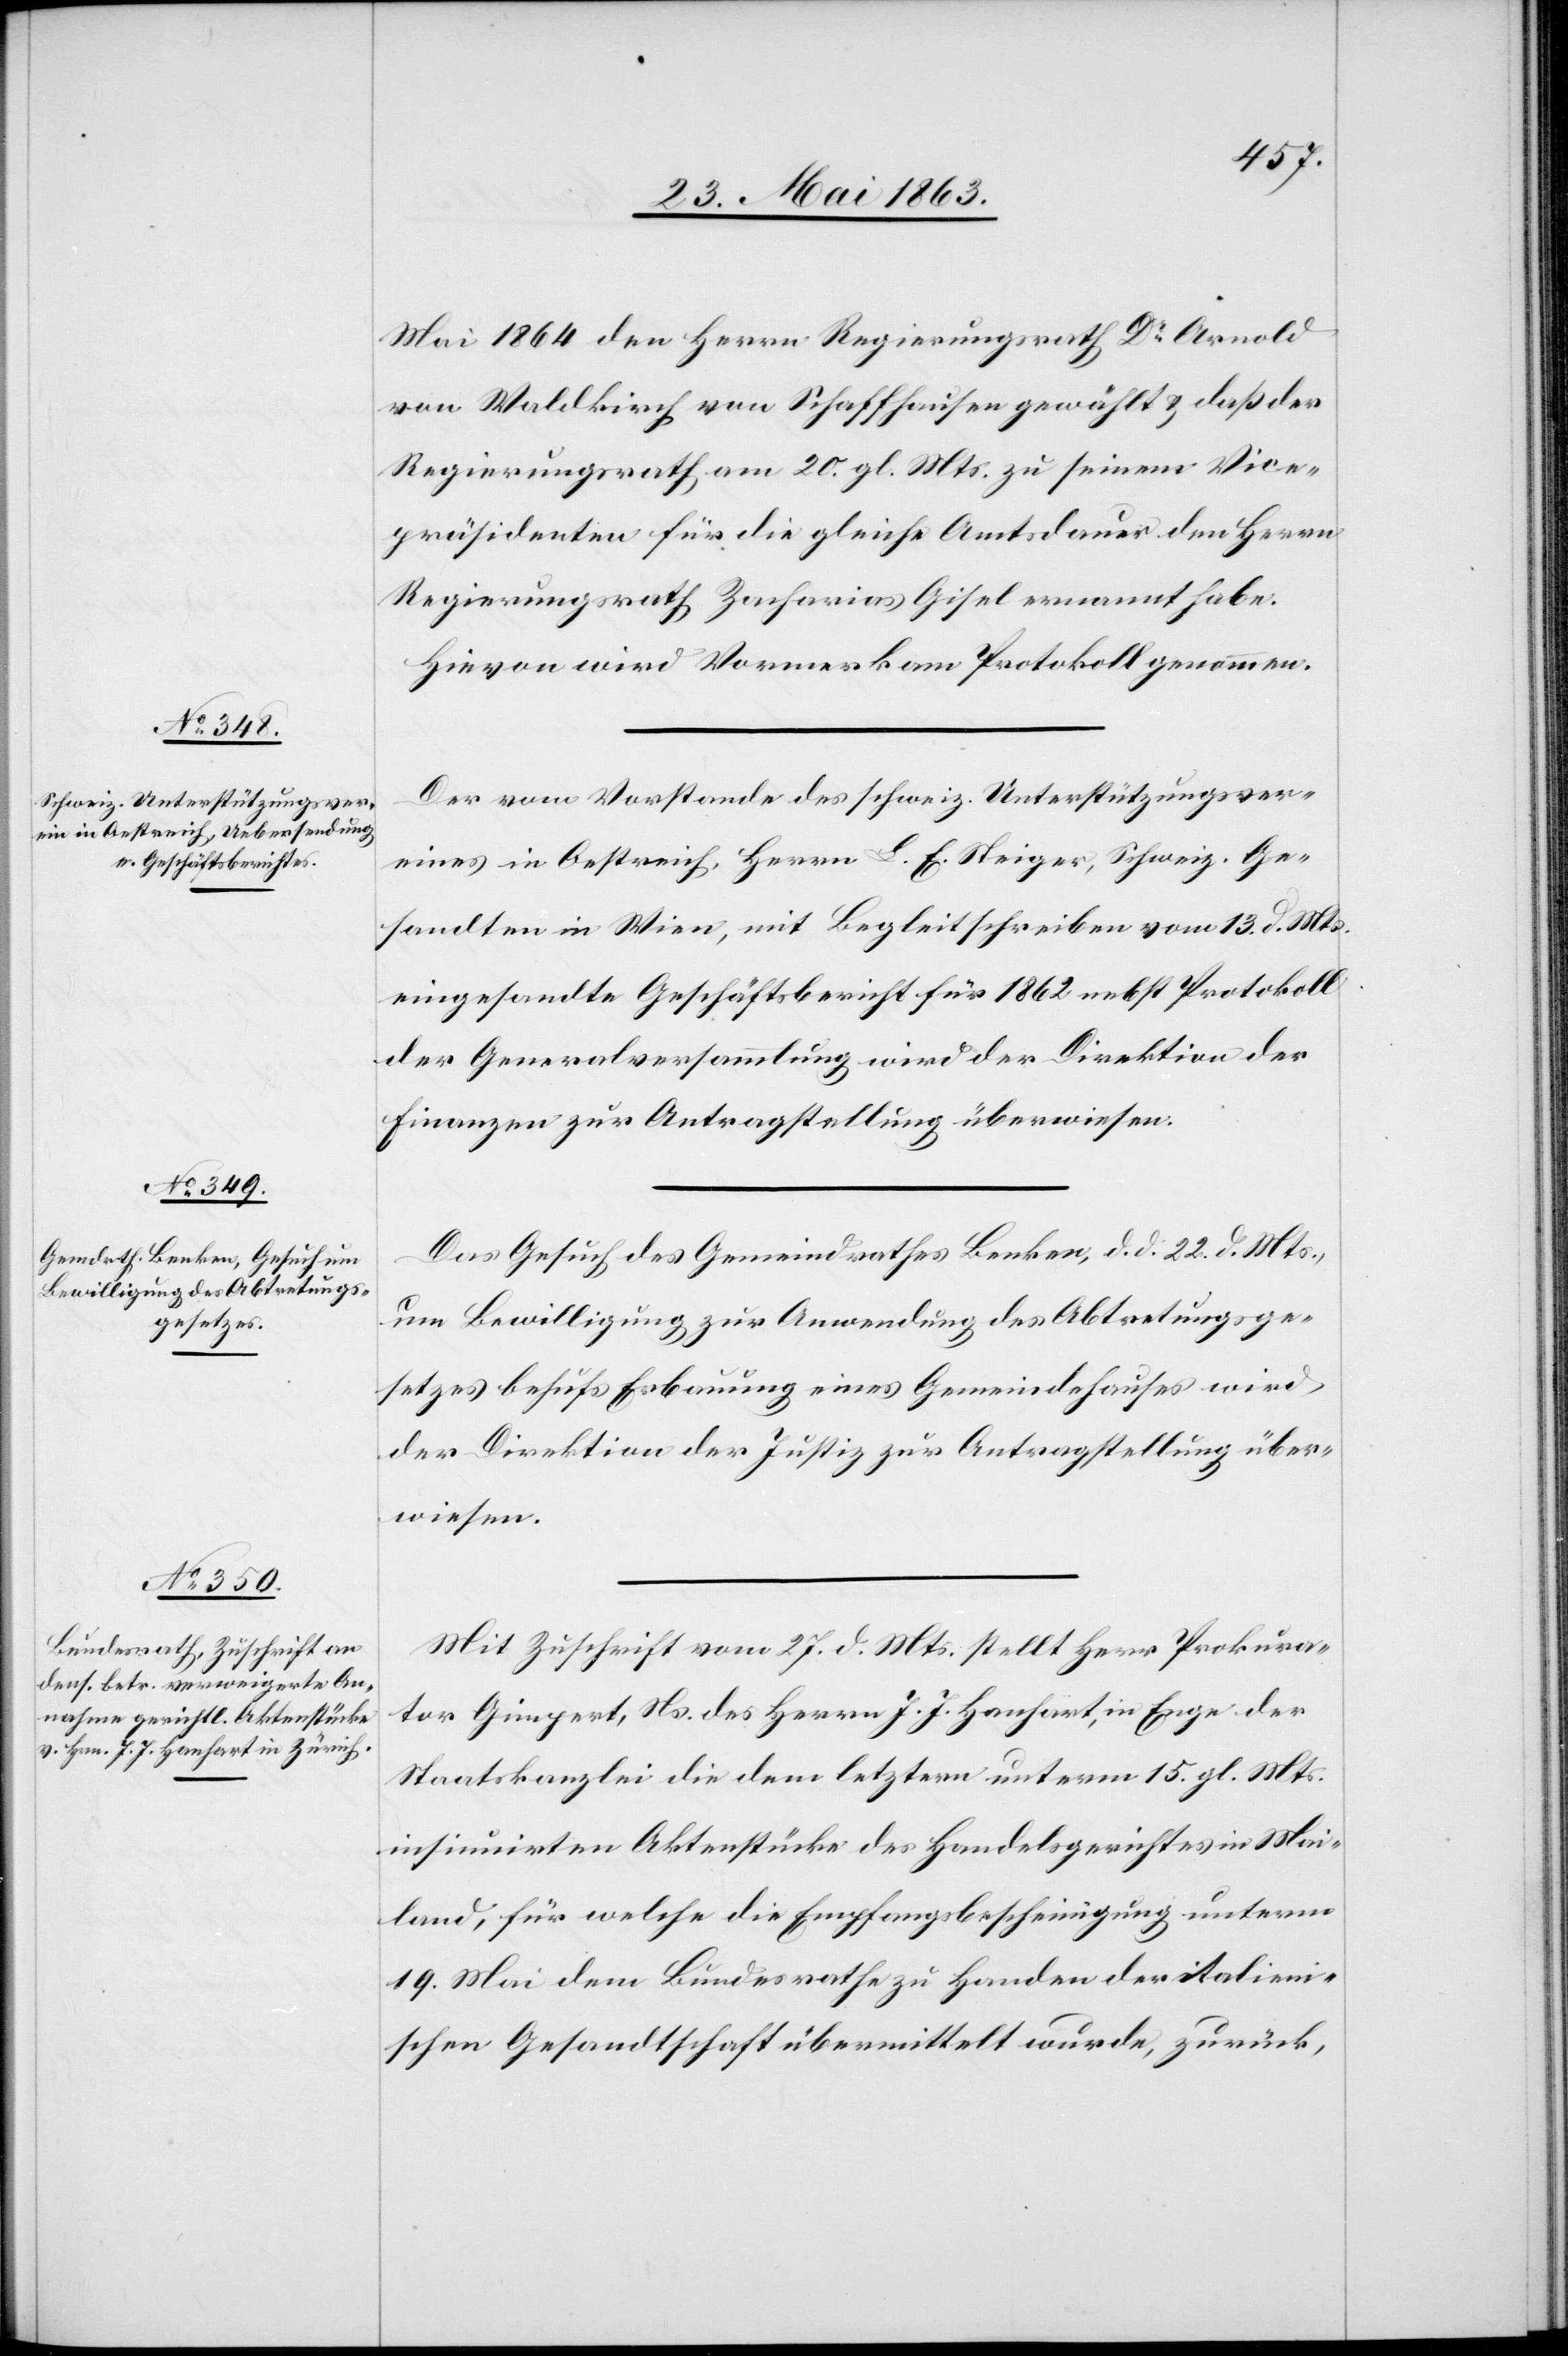
29. Mai 1863.]
Mai 1864 den Herrn Regierungsrath Dr Arnold
von Waldkirch von Schaffhausen gewählt & daß der
Regierungsrath am 20. gl. Mts. zu seinem Vice¬
präsidenten für die gleiche Amtsdauer den Herrn
Regierungsrath Zacharias Gisel ernannt habe.
Hievon wird Vormerk am Protokoll genommen.
Der vom Vorstande des schweiz. Unterstützungsver¬
eines in Oestreich, Herrn L. E. Steiger, Schweiz. Ge¬
sandten in Wien, mit Begleitschreiben vom 13. d. Mts.
eingesandte Geschäftsbericht für 1862 nebst Protokoll
der Generalversammlung wird der Direktion der
Finanzen zur Antragstellung überwiesen.
Das Gesuch des Gemeindrathes Benken, d. d. 22. d. Mts.,
um Bewilligung zur Anwendung des Abtretungsge¬
setzes behufs Erbauung eines Gemeindehauses wird
der Direktion der Justiz zur Antragstellung über¬
wiesen.
Mit Zuschrift vom 27. d. Mts. stellt Herr Prokura¬
tor Gimpert, Ns. des Herrn J. J. Hanhart, in Enge der
Staatskanzlei die dem letztern unterm 15. gl. Mts.
insinuirten Aktenstücke des Handelsgerichtes in Mai¬
land, für welche die Empfangsbescheinigung unterm
19. Mai dem Bundesrathe zu Handen der italieni¬
schen Gesandtschaft übermittelt wurde, zurück,